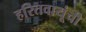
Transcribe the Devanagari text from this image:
हरितवायूंची